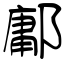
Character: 鄘